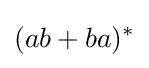
(ab+ba)^{*}